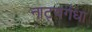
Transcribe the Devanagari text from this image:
नाट्यगंधा